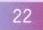
22